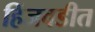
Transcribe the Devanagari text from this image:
हिंजवडीत